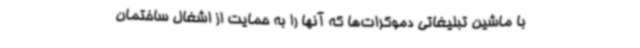
با ماشین تبلیغاتی دموکرات‌ها که آنها را به حمایت از اشغال ساختمان